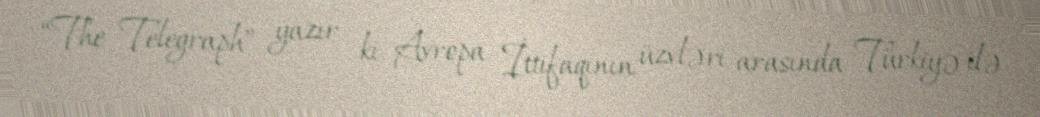
“The Telegraph” yazır ki, Avropa İttifaqının üzvləri arasında Türkiyə ilə